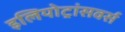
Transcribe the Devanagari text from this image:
इलियोट्रांसवर्स